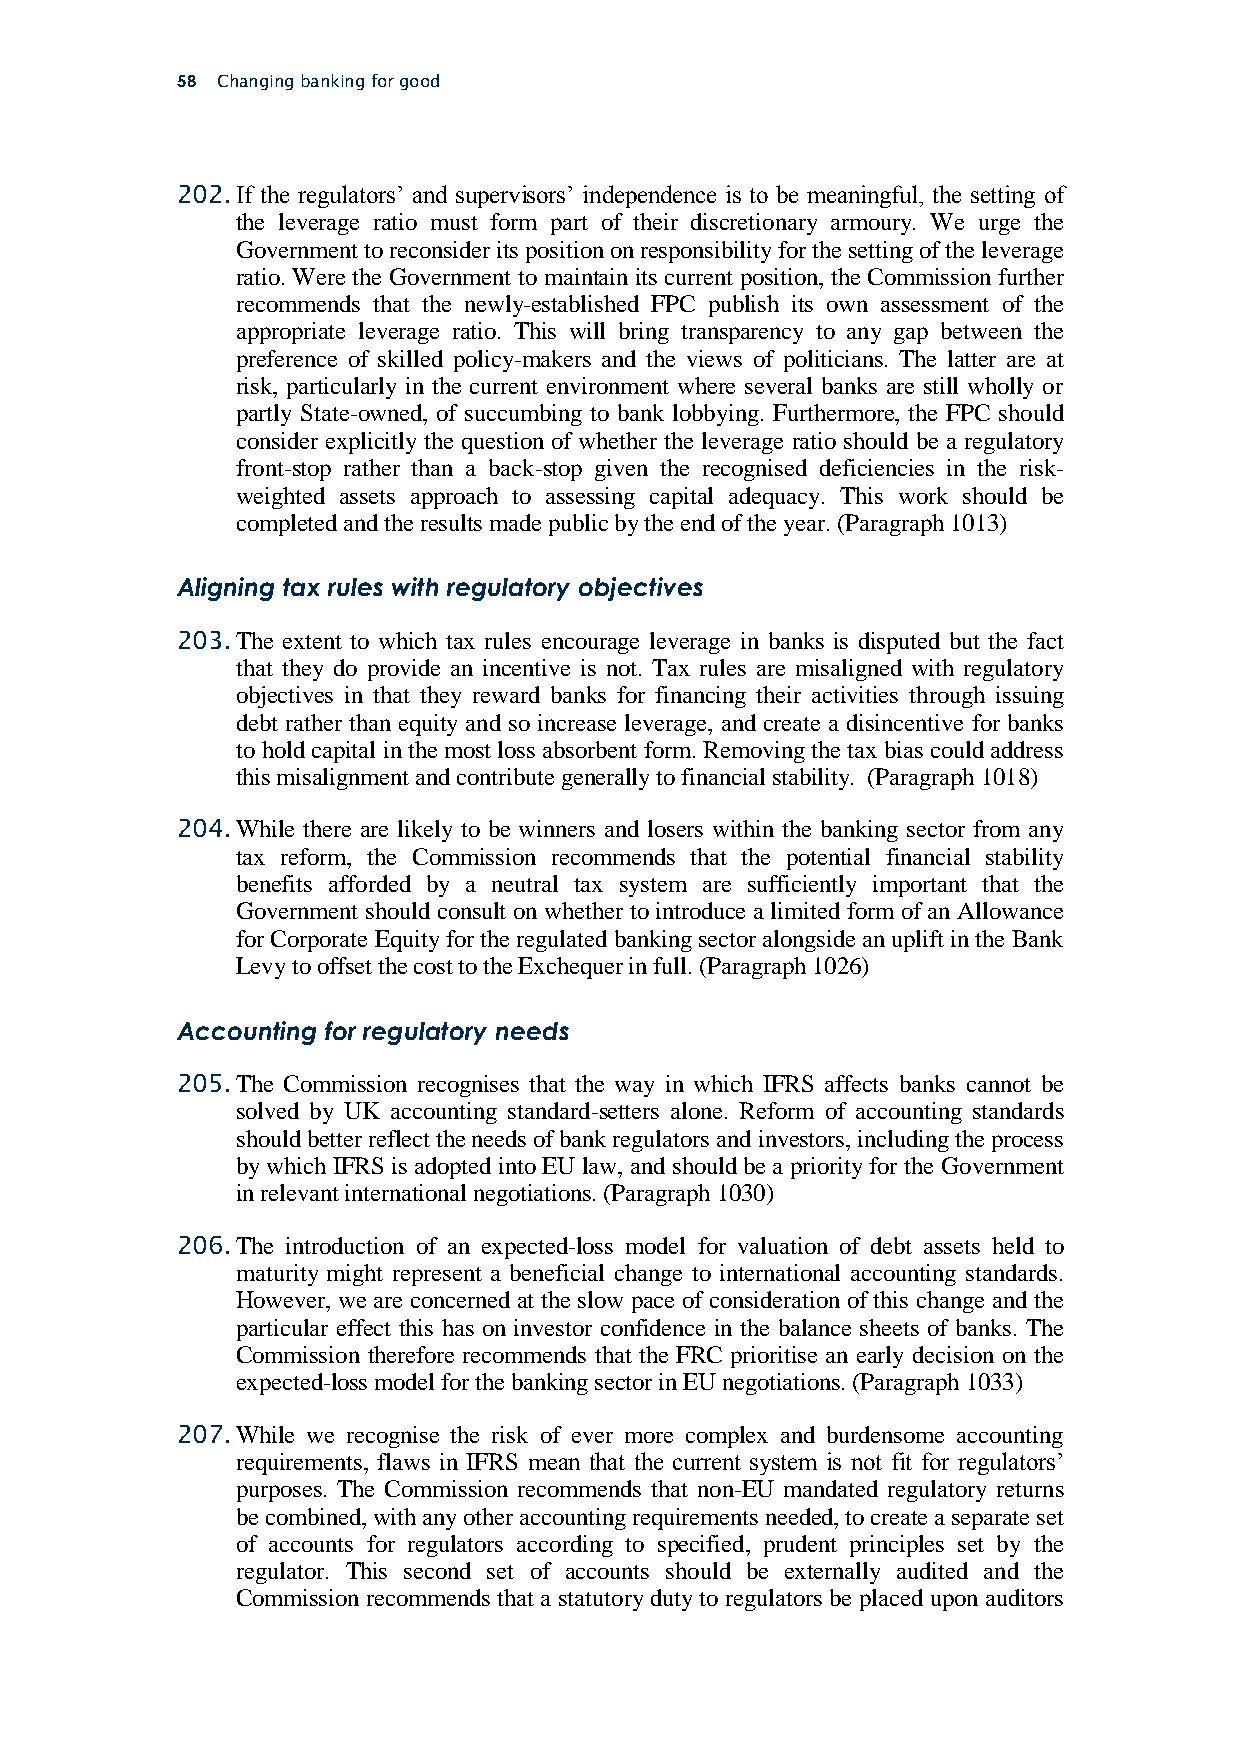
58 Changing banking for good
 202. If the regulators’ and supervisors’ independence is to be meaningful, the setting of
 the leverage ratio must form part of their discretionary armoury. We urge the
 Government to reconsider its position on responsibility for the setting of the leverage
 ratio. Were the Government to maintain its current position, the Commission further
 recommends that the newly-established FPC publish its own assessment of the
 appropriate leverage ratio. This will bring transparency to any gap between the
 preference of skilled policy-makers and the views of politicians. The latter are at
 risk, particularly in the current environment where several banks are still wholly or
 partly State-owned, of succumbing to bank lobbying. Furthermore, the FPC should
 consider explicitly the question of whether the leverage ratio should be a regulatory
 front-stop rather than a back-stop given the recognised deficiencies in the risk-
 weighted assets approach to assessing capital adequacy. This work should be
 completed and the results made public by the end of the year. (Paragraph 1013)
 Aligning tax rules with regulatory objectives
 203. The extent to which tax rules encourage leverage in banks is disputed but the fact
 that they do provide an incentive is not. Tax rules are misaligned with regulatory
 objectives in that they reward banks for financing their activities through issuing
 debt rather than equity and so increase leverage, and create a disincentive for banks
 to hold capital in the most loss absorbent form. Removing the tax bias could address
 this misalignment and contribute generally to financial stability. (Paragraph 1018)
 204. While there are likely to be winners and losers within the banking sector from any
 tax reform, the Commission recommends that the potential financial stability
 benefits afforded by a neutral tax system are sufficiently important that the
 Government should consult on whether to introduce a limited form of an Allowance
 for Corporate Equity for the regulated banking sector alongside an uplift in the Bank
 Levy to offset the cost to the Exchequer in full. (Paragraph 1026)
 Accounting for regulatory needs
 205. The Commission recognises that the way in which IFRS affects banks cannot be
 solved by UK accounting standard-setters alone. Reform of accounting standards
 should better reflect the needs of bank regulators and investors, including the process
 by which IFRS is adopted into EU law, and should be a priority for the Government
 in relevant international negotiations. (Paragraph 1030)
 206. The introduction of an expected-loss model for valuation of debt assets held to
 maturity might represent a beneficial change to international accounting standards.
 However, we are concerned at the slow pace of consideration of this change and the
 particular effect this has on investor confidence in the balance sheets of banks. The
 Commission therefore recommends that the FRC prioritise an early decision on the
 expected-loss model for the banking sector in EU negotiations. (Paragraph 1033)
 207. While we recognise the risk of ever more complex and burdensome accounting
 requirements, flaws in IFRS mean that the current system is not fit for regulators’
 purposes. The Commission recommends that non-EU mandated regulatory returns
 be combined, with any other accounting requirements needed, to create a separate set
 of accounts for regulators according to specified, prudent principles set by the
 regulator. This second set of accounts should be externally audited and the
 Commission recommends that a statutory duty to regulators be placed upon auditors